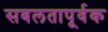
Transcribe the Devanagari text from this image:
सबलतापूर्वक